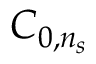
C _ { 0 , n _ { s } }